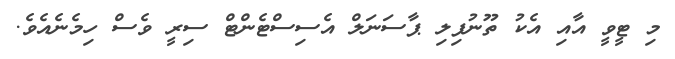
މި ޓީވީ އާއި އެކު ތޫނުފިލި ޕާސަނަލް އެސިސްޓެންޓް ސިރީ ވެސް ހިމެނެއެވެ.